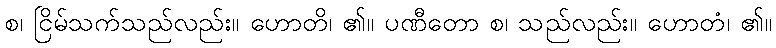
စ၊ ငြိမ်သက်သည်လည်း။ ဟောတိ၊ ၏။ ပဏီတော စ၊ သည်လည်း။ ဟောတံ၊ ၏။